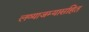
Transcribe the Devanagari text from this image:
लव्याजम्यासहित